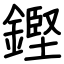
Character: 鏗